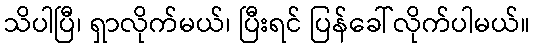
သိပါပြီ၊ ရှာလိုက်မယ်၊ ပြီးရင် ပြန်ခေါ်လိုက်ပါမယ်။